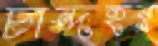
চান্দহর